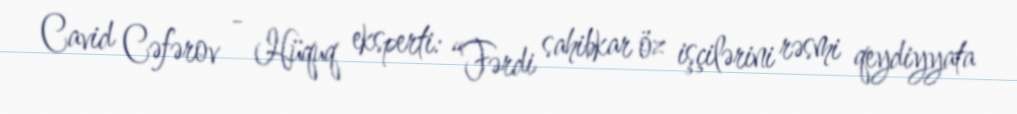
Cavid Cəfərov - Hüquq eksperti: “Fərdi sahibkar öz işçilərini rəsmi qeydiyyata